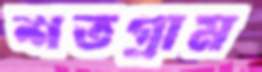
শতগ্রাম